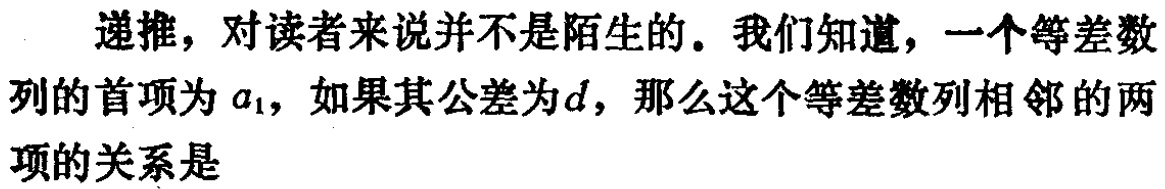
递推，对读者来说并不是陌生的。我们知道，一个等差数列的首项为\(a_{1}\)，如果其公差为\(d\)，那么这个等差数列相邻的两项的关系是